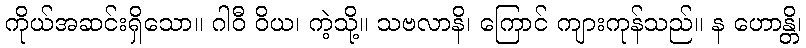
ကိုယ်အဆင်းရှိသော။ ဂါဝီ ဝိယ၊ ကဲ့သို့။ သဗလာနိ၊ ကြောင် ကျားကုန်သည်။ န ဟောန္တိ၊